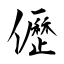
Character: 儮